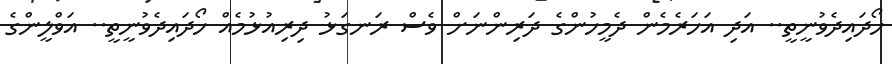
ހޯދައިދެވުނީތީ.. އަދި އަހަރެމެން ދެމީހުންގެ ދަރިންނަށް ވެސް ރަނގަޅު ދިރިއުޅުމެއް ހޯދައިދެވުނީތީ.. އަވްލީންގެ